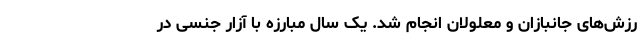
رزش‌های جانبازان و معلولان انجام شد. یک‌ سال مبارزه با آزار جنسی در